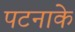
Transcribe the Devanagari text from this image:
पटनाके